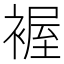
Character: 𧛐